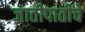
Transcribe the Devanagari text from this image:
जातीपातींचे